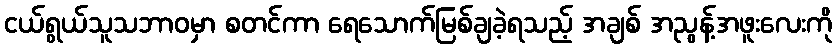
ငယ်ရွယ်သူသဘာဝမှာ စတင်ကာ ရေသောက်မြစ်ချခဲ့ရသည့် အချစ် အညွန့်အဖူးလေးကို